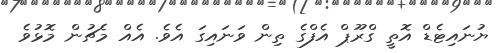
ޔުނައިޓެޑް އޮތީ ގްރޫޕް އެފްގެ ތިން ވަނައިގަ އެވެ. އެއް މެޗުން މޮޅުވެ